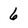
Character: 6